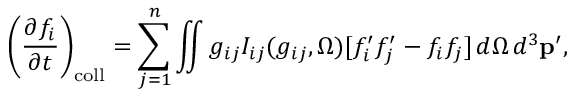
\left( { \frac { \partial f _ { i } } { \partial t } } \right) _ { \mathrm { c o l l } } = \sum _ { j = 1 } ^ { n } \iint g _ { i j } I _ { i j } ( g _ { i j } , \Omega ) [ f _ { i } ^ { \prime } f _ { j } ^ { \prime } - f _ { i } f _ { j } ] \, d \Omega \, d ^ { 3 } \mathbf { p ^ { \prime } } ,